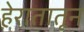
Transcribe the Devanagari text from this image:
हेरातातून